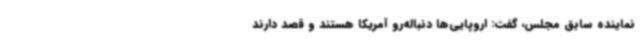
نماینده سابق مجلس، گفت: اروپایی‌ها دنباله‌رو آمریکا هستند و قصد دارند